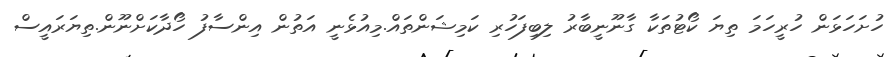
ހުށަހަޅަން ހުރީހަމަ ތިޔަ ކޯޓުތަކާ ގާނޫނީބާރު ލިބިފަހުރި ކަމިޝަންތައް.މިއުޅެނީ އަތުން އިންސާފު ހޯދާކަށްނޫން.ތިޔަރައީސް